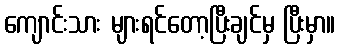
ကျောင်းသား များရင်တော့ပြီးချင်မှ ပြီးမှာ။